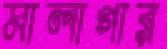
মালাগার